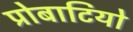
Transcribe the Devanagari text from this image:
प्रोबाटियो